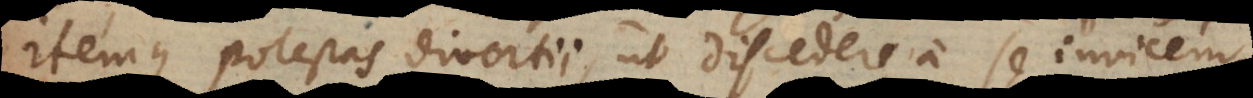
itemque potestas divortii, ut discedere a se invicem